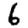
Digit: 6